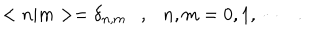
LaTeX: < n | m > = \delta _ { n , m } \ \ \ , \ \ \ n , m = 0 , 1 , \cdots \ \ \ .